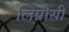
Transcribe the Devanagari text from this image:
लिप्रोसी